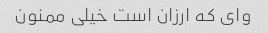
وای که ارزان است خیلی ممنون